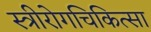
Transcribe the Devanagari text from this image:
स्त्रीरोगचिकित्सा